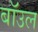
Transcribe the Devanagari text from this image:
बॉउल